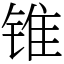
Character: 锥